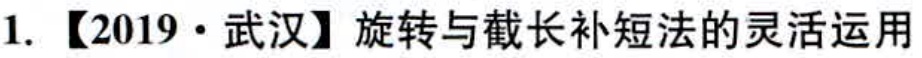
1. 【2019·武汉】旋转与截长补短法的灵活运用